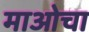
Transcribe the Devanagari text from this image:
माओचा